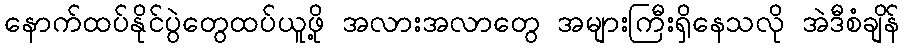
နောက်ထပ်နိုင်ပွဲတွေထပ်ယူဖို့ အလားအလာတွေ အများကြီးရှိနေသလို အဲဒီစံချိန်